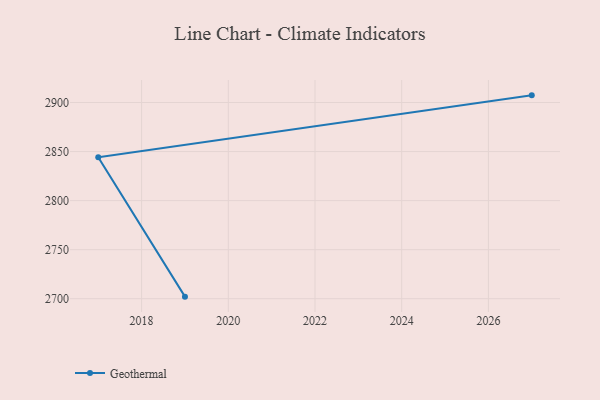
{"axis": {"x": "Year", "y": "Waste Production (Tons)"}, "legend": ["Geothermal"], "data": [{"x": "2027", "y": 2907.3, "type": "Geothermal"}, {"x": "2017", "y": 2844.2, "type": "Geothermal"}, {"x": "2019", "y": 2702.1, "type": "Geothermal"}]}